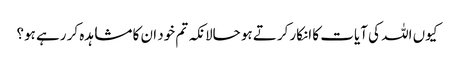
کیوں اللہ کی آیات کا انکار کرتے ہو حالانکہ تم خود ان کا مشاہدہ کر رہے ہو؟